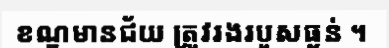
ខណ្ឌមានជ័យ ត្រូវរងរបួសធ្ងន់ ។